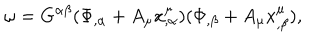
\omega = G ^ { \alpha \beta } ( \Phi _ { , \alpha } + A _ { \mu } x _ { , \alpha } ^ { \mu } ) ( \Phi _ { , \beta } + A _ { \mu } x _ { , \beta } ^ { \mu } ) ,